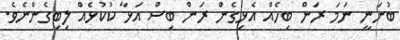
ބުނަނީ ނަމަ ރަން ބިހެއް އެޅިގެން ރަން ބިސް އަޅާ ކުކުޅެއް ލިބިގެންނެވެ.